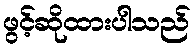
ဖွင့်ဆိုထားပါသည်